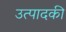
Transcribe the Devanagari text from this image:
उत्पादकी